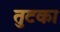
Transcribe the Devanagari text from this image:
तुटका